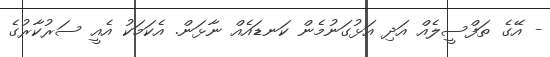
- އޭގެ ތަފްސީލެއް އަދި އަޅުގަނުމެން ކަނޑައެއް ނާޅަން. އެކަމަކު އެއީ ސަރުކާރުގެ